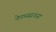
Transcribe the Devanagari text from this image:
नेपथ्यसज्जा